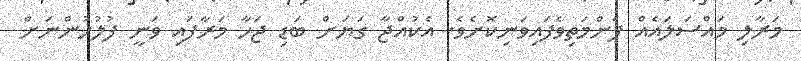
މަރާލި މައްސަލައެއް ފެންމަތިވެފައިވަނިކޮށެވެ. އެކުއްޖާ ގަޔަށް ބަޑި ޖަހާ މަރާފައި ވަނީ ފުލުހުންނަށް